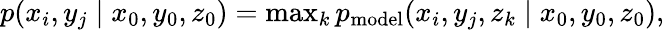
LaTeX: \begin{array}{r}{p(x_{i},y_{j}\mid x_{0},y_{0},z_{0})=\operatorname*{max}_{k}{p_{\mathrm{model}}(x_{i},y_{j},z_{k}\mid x_{0},y_{0},z_{0})},}\end{array}